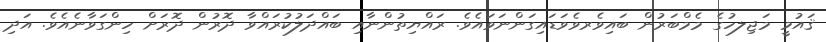
ޤައުމީ މަޖިލހުގެ މެމްބަރުން ބައިވެރވެވަޑައިގަންނަވައެވެ. ރައްޔިތުންނާއި ބައްދަލުކުރައްވާ ދޮރުން ދޮރަށް ހިންގަވާނެއެވެ. އަދި